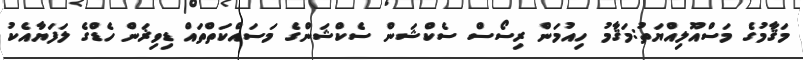
މަޤާމުގެ މަސްއޫލިއްޔަތު:މަޤާމު ހިއުމަން ރިސޯސް ސެކްޝަން ސެކްޝަންގެ މަސައްކަތްތައް ޑިވިޜަން ހެޑްގެ ލަފަޔާއެކު